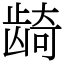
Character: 𬺈